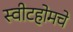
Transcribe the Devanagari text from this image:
स्वीटहोमचे